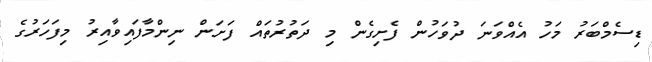
ޑިސެމްބަރު މަހު އެއްވަނަ ދުވަހުން ފެށިގެން މި ދަތުރުތައް ފަށަން ނިންމާފައިވާއިރު މިފަހަރުގެ